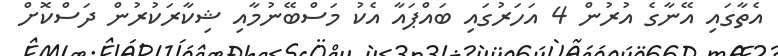
އެތާގައި އޭނާގެ އުރުން 4 އަހަރުގައި ބައްޕައާ އެކު މަސްބޭނުމާއި ޝިކާރަކުރުން ދަސްކޮށް